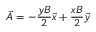
\vec { A } = - \frac { y B } { 2 } \vec { x } + \frac { x B } { 2 } \vec { y }